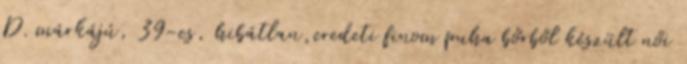
D. márkájú, 39-es, hibátlan,eredeti finom puha bőrből készült női